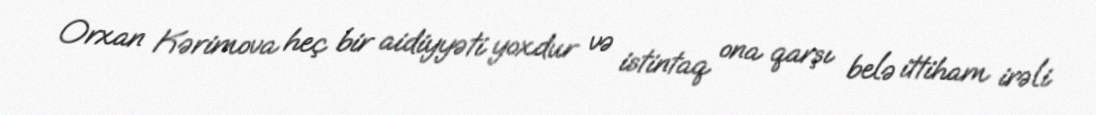
Orxan Kərimova heç bir aidiyyəti yoxdur və istintaq ona qarşı belə ittiham irəli